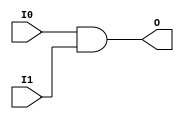
module and8_wrapped (
    input [7:0] I0,
    input [7:0] I1,
    output [7:0] O
);
assign O = I0 & I1;
endmodule